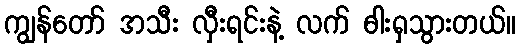
ကျွန်တော် အသီး လှီးရင်းနဲ့ လက် ဓါးရှသွားတယ်။